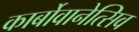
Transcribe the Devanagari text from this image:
कार्बोवानेत्सिव